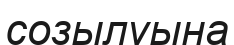
созылуына